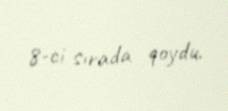
8-ci sırada qoydu.